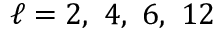
\ell = 2 , \ 4 , \ 6 , \ 1 2